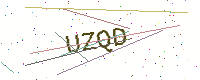
Text: UZQD